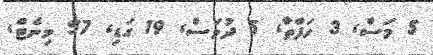
5 މަސް